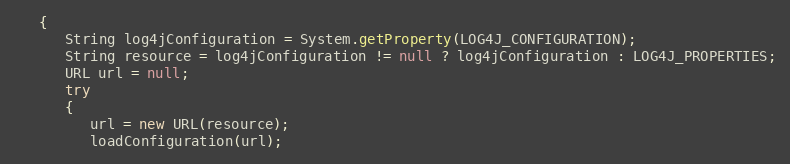
Language: Java
   {
      String log4jConfiguration = System.getProperty(LOG4J_CONFIGURATION);
      String resource = log4jConfiguration != null ? log4jConfiguration : LOG4J_PROPERTIES;
      URL url = null;
      try
      {
         url = new URL(resource);
         loadConfiguration(url);